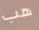
هب